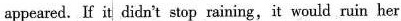
appeared. If it didn't stop raining,it would ruin her